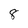
Character: 8